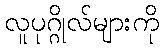
လူပုဂ္ဂိုလ်များကို